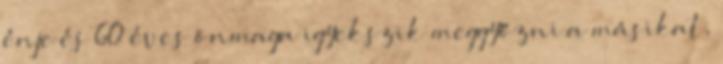
énje és 60 éves önmaga igyekszik meggyőzni a másikat,